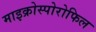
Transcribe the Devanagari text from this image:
माइक्रोस्पोरोफिल